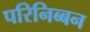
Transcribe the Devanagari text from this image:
परिनिब्बन